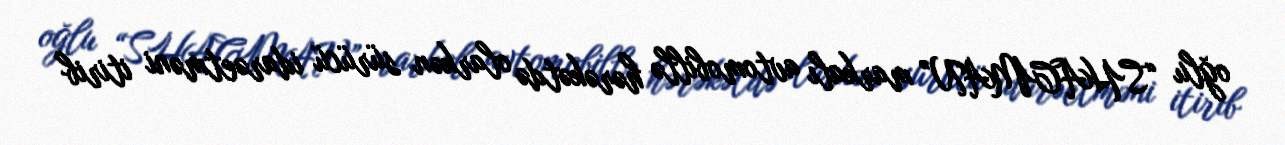
oğlu “SHACMAN” markalı avtomobillə hərəkətdə olarkən sürücü idarəetməni itirib